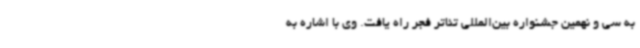
به سی و نهمین جشنواره بین‌المللی تئاتر فجر راه یافت. وی با اشاره به